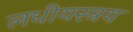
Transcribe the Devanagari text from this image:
लधीयस्त्रय